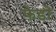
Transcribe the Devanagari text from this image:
फेडो